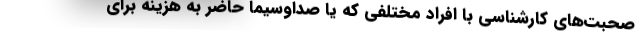
صحبت‌های کارشناسی با افراد مختلفی که یا صداوسیما حاضر به هزینه برای